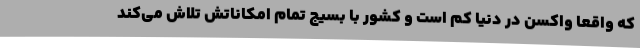
که واقعا واکسن در دنیا کم است و کشور با بسیج تمام امکاناتش تلاش می‌کند